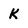
Character: k